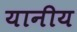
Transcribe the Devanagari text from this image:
यानीय